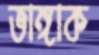
ভাঙ্গাক